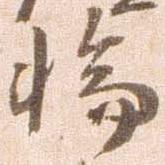
輪